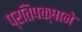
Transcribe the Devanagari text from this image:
प्रतिपक्षाने